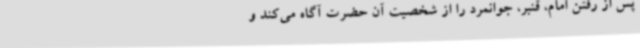
پس از رفتن امام، قنبر، جوانمرد را از شخصیت آن حضرت آگاه می‌کند و